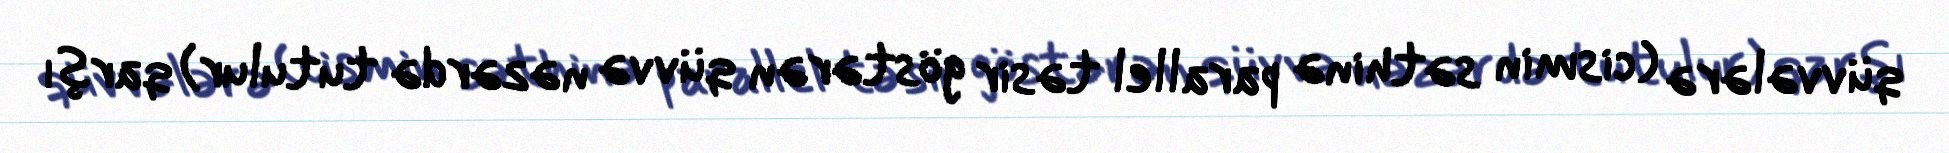
qüvvələrə (cismin səthinə parallel təsir göstərən qüvvə nəzərdə tutulur) qarşı